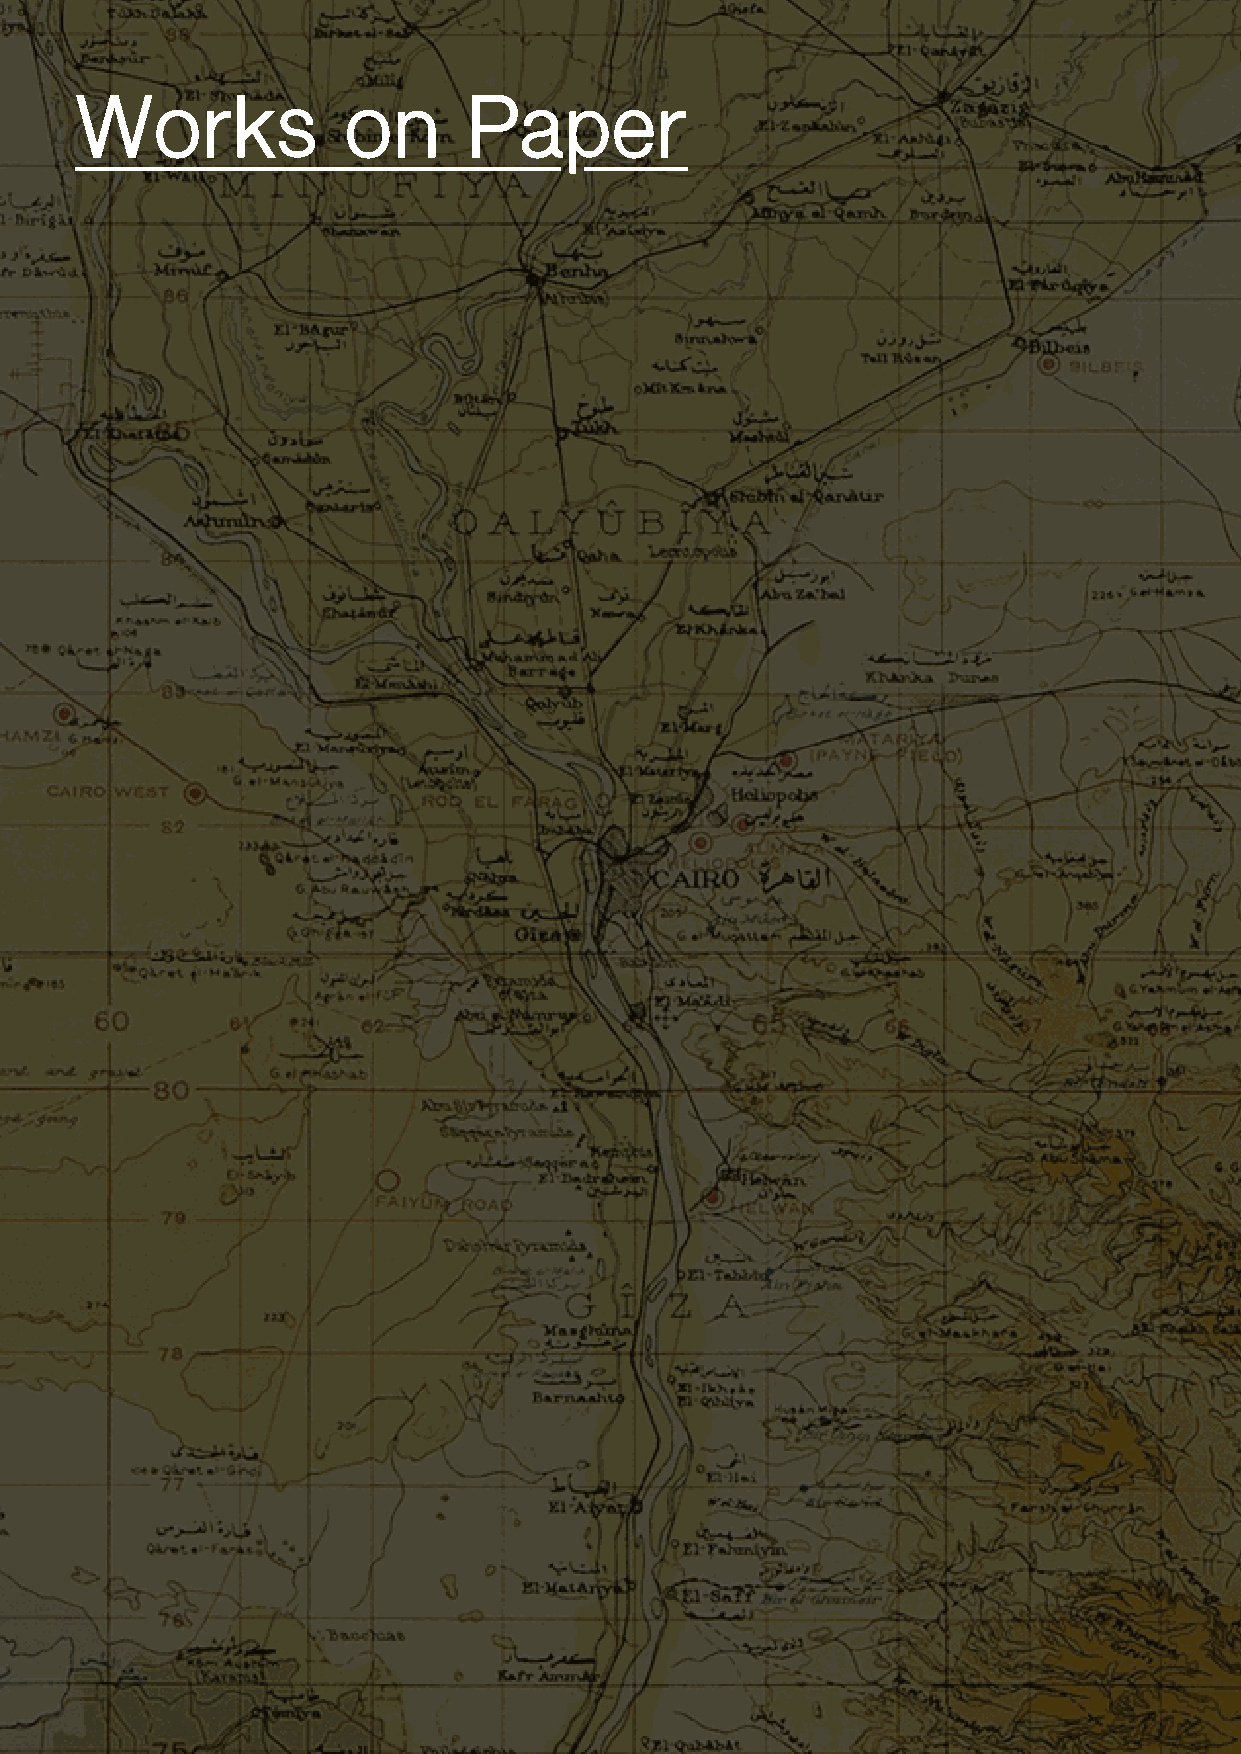
Works             on      Paper